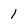
Character: 1